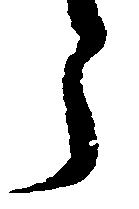
う